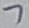
Text: 7